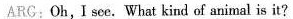
ARG:Oh,I see. What kind of animal is it?